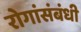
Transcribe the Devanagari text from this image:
रोगांसंबंधी